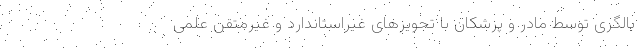
بالگری توسط مادر و پزشکان با تجویزهای غیراستاندارد و غیرمتقن علمی